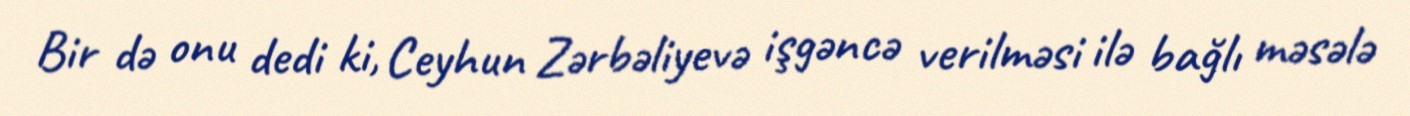
Bir də onu dedi ki, Ceyhun Zərbəliyevə işgəncə verilməsi ilə bağlı məsələ